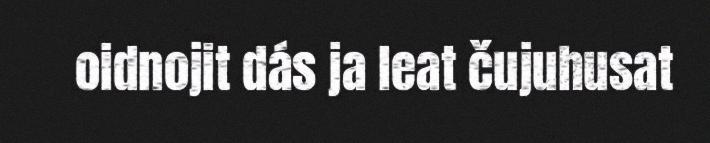
oidnojit dás ja leat čujuhusat